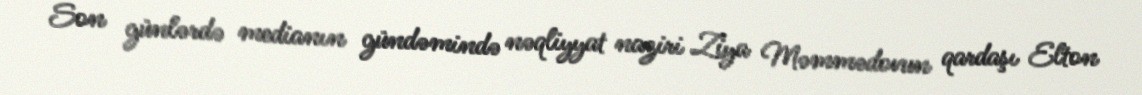
Son günlərdə medianın gündəmində nəqliyyat naziri Ziya Məmmədovun qardaşı Elton